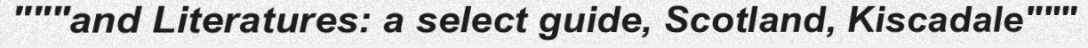
"""and Literatures: a select guide, Scotland, Kiscadale"""